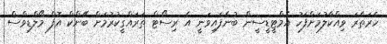
ހެރަތެރަ ވިއްކާލުމަށްފަހު އެމްޓީޑީސީން ބުނެފައިވަނީ އެ ރިސޯޓް ތަރައްގީކުރުމަށް ބޭންކް އޮފް މޯލްޑިވްސް